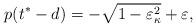
LaTeX: \begin{align*}p(t^{*}-d)=-\sqrt{1-\varepsilon_{\kappa}^{2}}+\varepsilon,\end{align*}